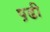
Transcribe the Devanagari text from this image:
प़ढी